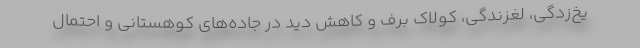
یخ‌زدگی، لغزندگی، کولاک برف و کاهش دید در جاده‌های کوهستانی و احتمال